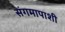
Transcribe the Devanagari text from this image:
संगमापाशी